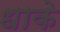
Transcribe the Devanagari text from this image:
धाके